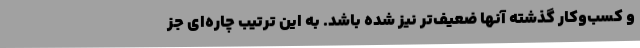
و کسب‌وکار گذشته آنها ضعیف‌تر نیز شده باشد. به این ترتیب چاره‌ای جز